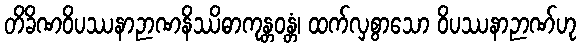
တိခိဏဝိပဿနာဉာဏနိဿိဓာကုန္တဝန္တံ၊ ထက်လှစွာသော ဝိပဿနာဉာဏ်ဟု